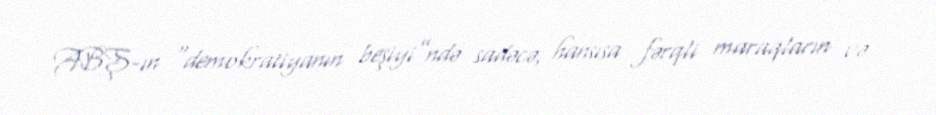
ABŞ-ın “demokratiyanın beşiyi”ndə sadəcə, hansısa fərqli maraqların və